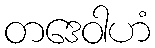
တဒေဝါဟံ